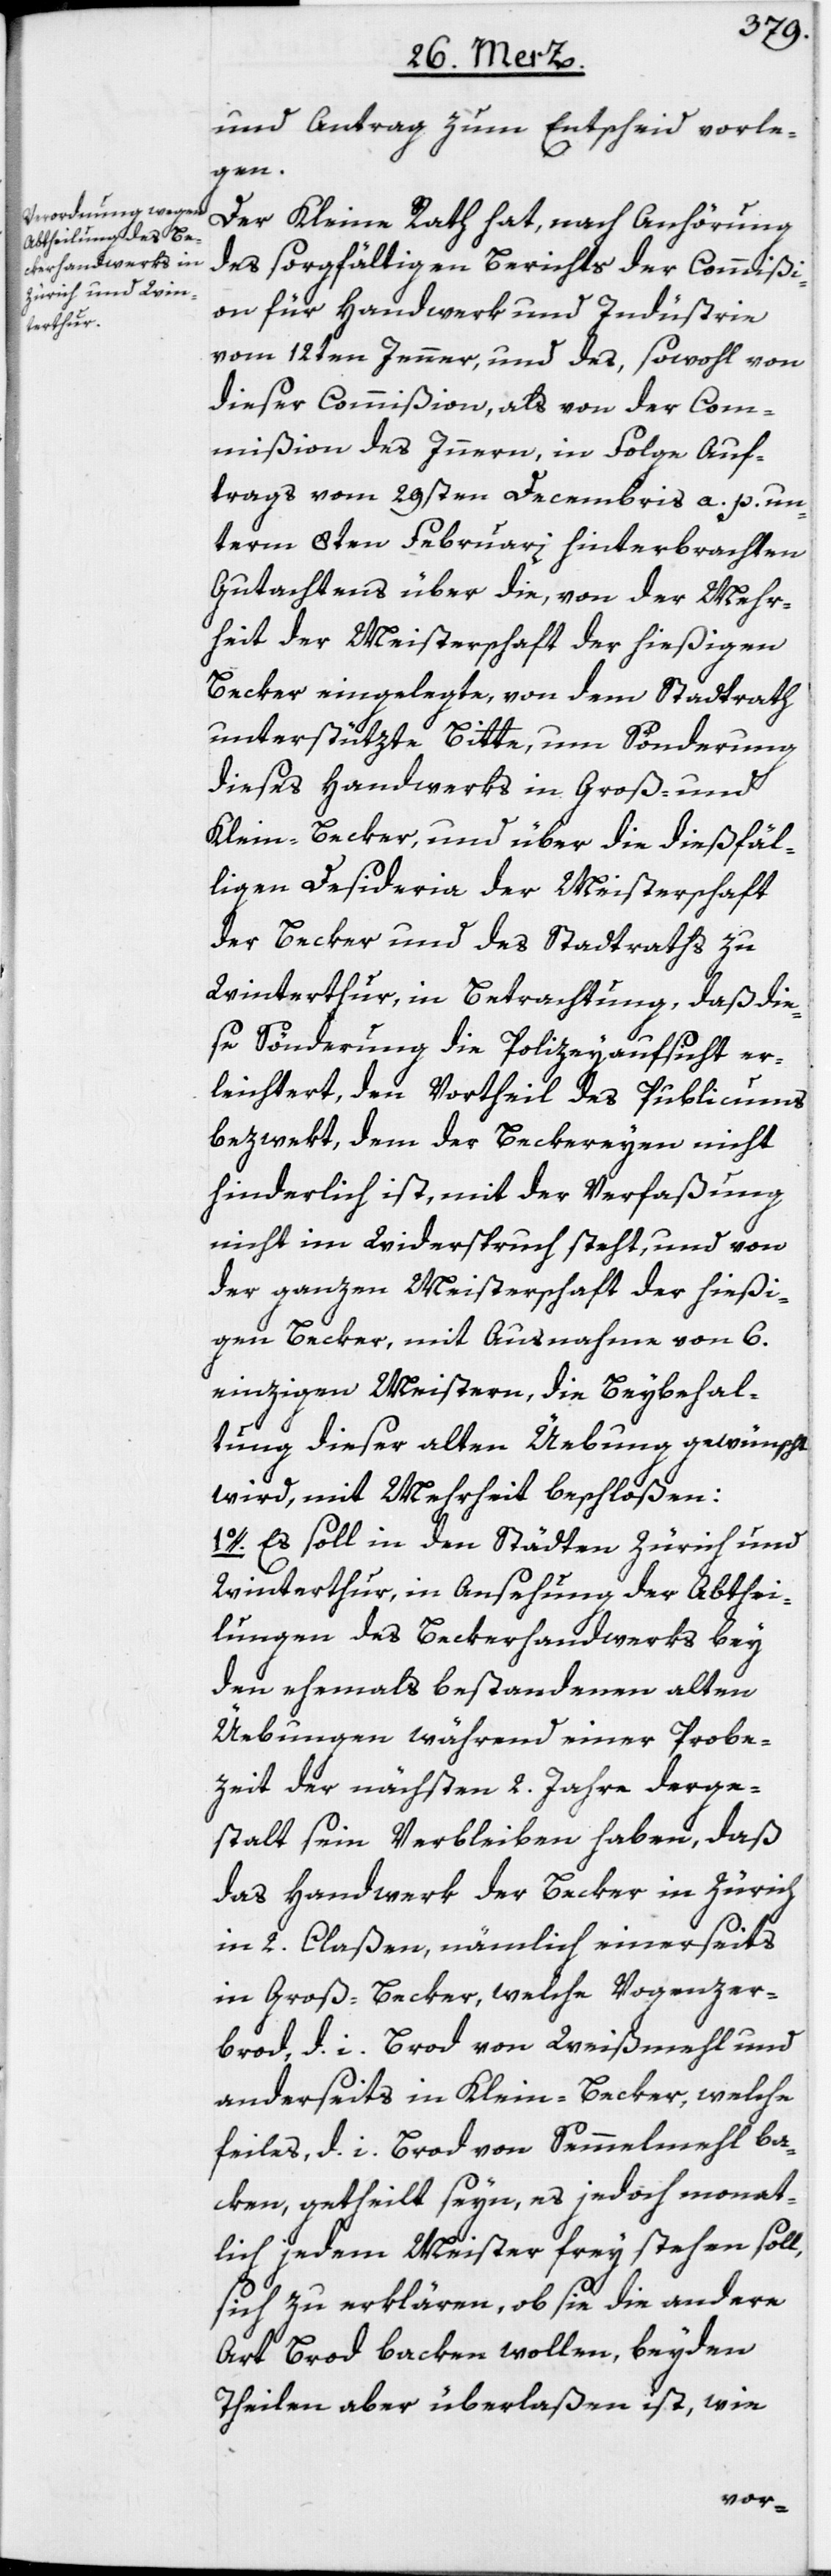
und Antrag zum Entscheid vorle¬
gen.
Der Kleine Rath hat, nach Anhörung
des sorgfältigen Berichts der Commißi¬
on für Handwerk und Industrie
vom 12ten Jenner, und des, sowohl von
dieser Commißion, als von der Com¬
mißion des Innern, in Folge Auf¬
trags vom 29sten Decembris a. p. un¬
term 8ten Februari hinterbrachten
Gutachtens über die, von der Mehr¬
heit der Meisterschaft der hießigen
Becker eingelegte, von dem Stadtrath
unterstützte Bitte, um Sönderung
dieses Handwerks in Groß- und
Klein-Becker, und über die dießfäl¬
ligen Desideria der Meisterschaft
der Becker und des Stadtraths zu
Winterthur, in Betrachtung, daß die¬
se Sönderung die Polizeyaufsicht er¬
leichtert, den Vortheil des Publicums
bezwekt, dem der Beckereyen nicht
hinderlich ist, mit der Verfaßung
nicht im Widerspruch steht, und von
der ganzen Meisterschaft der hießi¬
gen Becker, mit Ausnahme von 6.
einzigen Meistern, die Beybehal¬
tung dieser alten Üebung gewünscht
wird, mit Mehrheit beschloßen:
1o. Es soll in den Städten Zürich und
Winterthur, in Ansehung der Abthei¬
lungen des Beckerhandwerks bey
den ehemals bestandenen alten
Üebungen während einer Probe¬
zeit der nächsten 2. Jahre derge¬
stalt sein Verbleiben haben, daß
das Handwerk der Becker in Zürich
in 2. Claßen, nämlich einerseits
in Groß-Becker, welche Vogenzer¬
brod, d. i. Brod von Weißmehl und
anderseits in Klein-Becker, welche
feiles, d. i. Brod von Semmelmehl ba¬
ken, getheilt seyn, es jedoch monat¬
lich jedem Meister frey stehen soll,
sich zu erklären, ob sie die andere
Art Brod backen wollen, beyden
Theilen aber überlaßen ist, wie